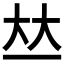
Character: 𠀤